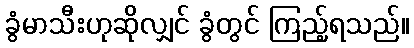
ခွံမာသီးဟုဆိုလျှင် ခွံတွင် ကြည့်ရသည်။